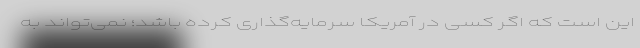
این است که اگر کسی در آمریکا سرمایه‌گذاری کرده باشد؛ نمی‌تواند به